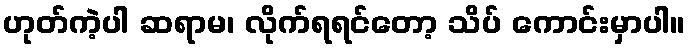
ဟုတ်ကဲ့ပါ ဆရာမ၊ လိုက်ရရင်တော့ သိပ် ကောင်းမှာပါ။